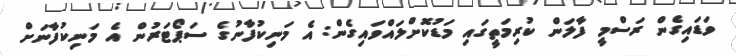
ވަޑައިގެން ރަސްމީ ފާލަން ކުރިމަތީގައި މަޑުކޮށްލައްވައިގެން: އެ މަނިކުފާނުގެ ސަޕޯޓަރުން އެ މަނިކުފާނަށް